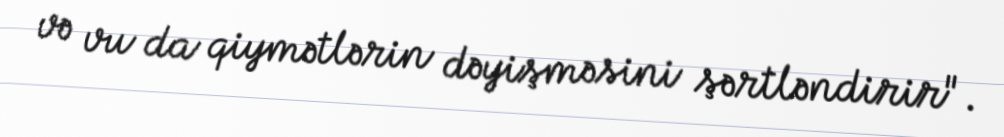
və vu da qiymətlərin dəyişməsini şərtləndirir".